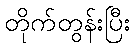
တိုက်တွန်းပြီး